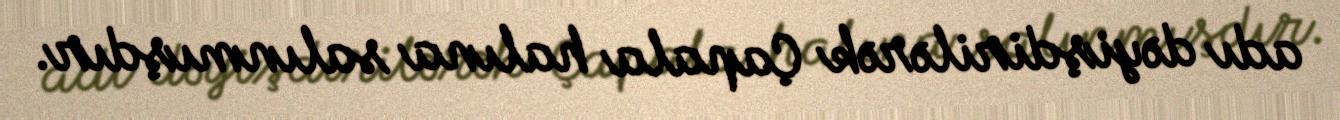
adı dəyişdirilərək Çapala halına salınmışdır.